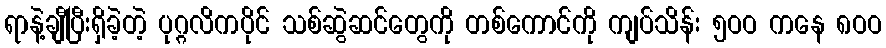
ရာနဲ့ချီပြီးရှိခဲ့တဲ့ ပုဂ္ဂလိကပိုင် သစ်ဆွဲဆင်တွေကို တစ်ကောင်ကို ကျပ်သိန်း ၅ဝဝ ကနေ ၈ဝဝ